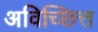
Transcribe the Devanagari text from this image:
अविच्छित्त